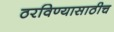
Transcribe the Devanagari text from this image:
ठरविण्यासाठीच